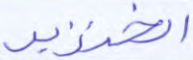
الخنزير